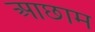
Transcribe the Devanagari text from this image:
आछाम